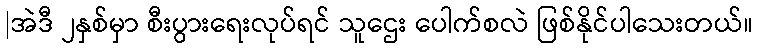
|အဲဒီ ၂နှစ်မှာ စီးပွားရေးလုပ်ရင် သူဌေး ပေါက်စလဲ ဖြစ်နိုင်ပါသေးတယ်။